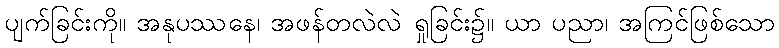
ပျက်ခြင်းကို။ အနုပဿနေ၊ အဖန်တလဲလဲ ရှုခြင်း၌။ ယာ ပညာ၊ အကြင်ဖြစ်သော